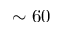
\sim 6 0